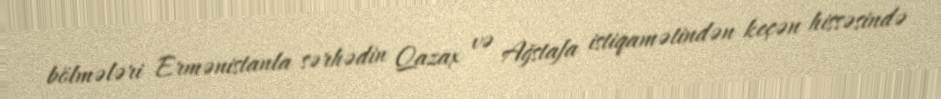
bölmələri Ermənistanla sərhədin Qazax və Ağstafa istiqamətindən keçən hissəsində